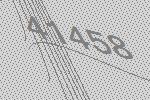
41458